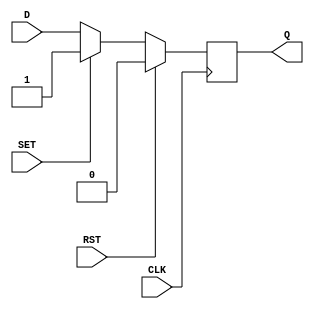
module d_flip_flop(
    input D,
    input CLK,
    input RST,
    input SET,
    output reg Q
);

always @(posedge CLK) begin
    if (RST) begin
        Q <= 1'b0; // Reset the output to 0
    end else if (SET) begin
        Q <= 1'b1; // Set the output to 1
    end else begin
        Q <= D; // Update the output based on D input
    end
end

endmodule